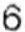
6